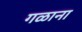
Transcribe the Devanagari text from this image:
गळाना